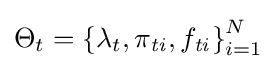
{\mathrm {\Theta } }_{t}={\left\lbrace {\lambda }_{t},{\pi }_{\mathit {ti}},{f}_{\mathit {ti}}\right\rbrace }_{i=1}^{N}